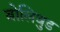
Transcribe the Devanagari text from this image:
बोलिवुड